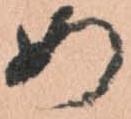
め